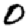
Digit: 0